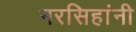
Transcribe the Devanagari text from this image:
नरसिहांनी